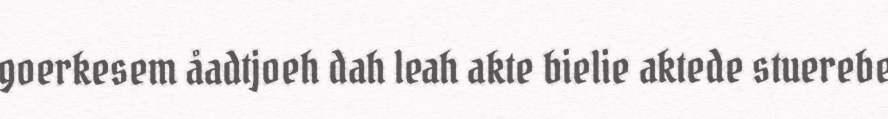
goerkesem åadtjoeh dah leah akte bielie aktede stuerebe